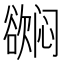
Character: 𬅳